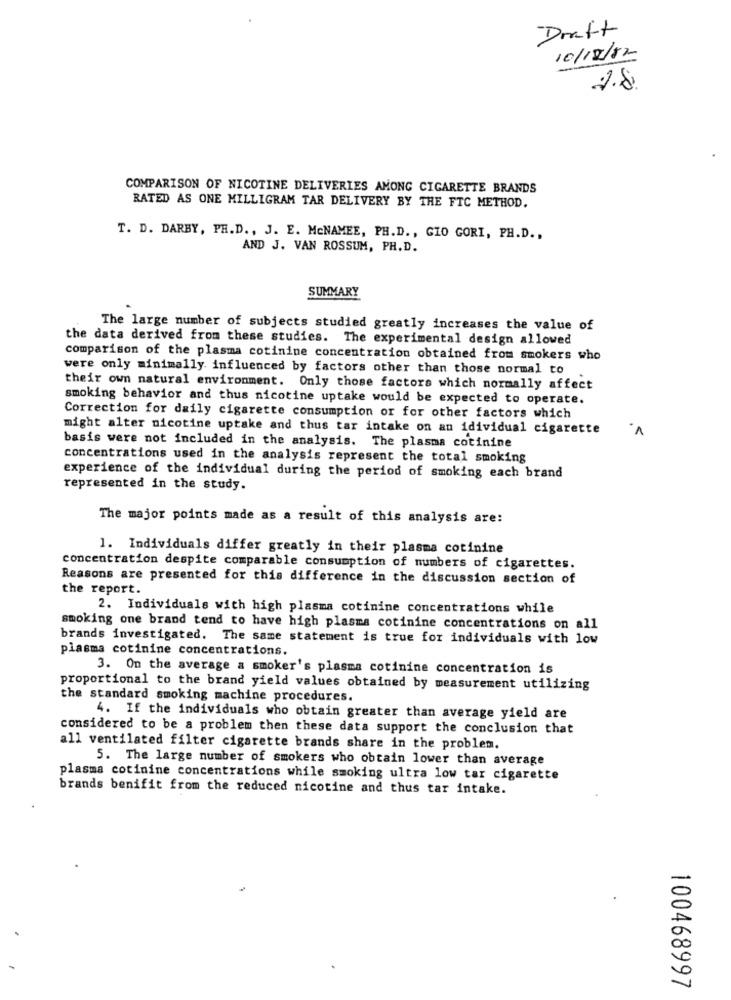
Draft
10/12/12
2.8
COMPARISON OF NICOTINE DELIVERIES AMONG CIGARETTE BRANDS
RATED AS ONE MILLIGRAM TAR DELIVERY BY THE FTC METHOD.
T. D. DARBY, PH.D ., J. E. McNAMEE, PH.D ., GIO GORI, PH.D .,
AND J. VAN ROSSUM, PH.D.
SUMMARY
The large number of subjects studied greatly increases the value of
the data derived from these studies. The experimental design allowed
comparison of the plasma cotinine concentration obtained from smokers who
were only minimally. influenced by factors other than those normal to
their own natural environment. Only those factors which normally affect
smoking behavior and thus nicotine uptake would be expected to operate.
Correction for daily cigarette consumption or for other factors which
might alter nicotine uptake and thus tar intake on an idividual cigarette
basis were not included in the analysis. The plasma cotinine
concentrations used in the analysis represent the total smoking
experience of the individual during the period of smoking each brand
represented in the study.
The major points made as a result of this analysis are:
1. Individuals differ greatly in their plasma cotinine
concentration despite comparable consumption of numbers of cigarettes.
Reasons are presented for this difference in the discussion section of
the report.
2. Individuals with high plasma cotinine concentrations while
smoking one brand tend to have high plasma cotinine concentrations on all
brands investigated. The same statement is true for individuals with low
plasma cotinine concentrations.
3. On the average a smoker's plasma cotinine concentration is
proportional to the brand yield values obtained by measurement utilizing
the standard smoking machine procedures.
4. If the individuals who obtain greater than average yield are
considered to be a problem then these data support the conclusion that
all ventilated filter cigarette brands share in the problem.
5. The large number of smokers who obtain lower than average
plasma cotinine concentrations while smoking ultra low tar cigarette
brands benifit from the reduced nicotine and thus tar intake.
100468997